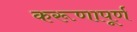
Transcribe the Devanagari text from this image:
करूणापूर्ण